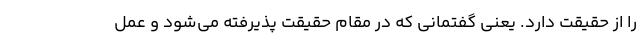
را از حقیقت دارد. یعنی گفتمانی که در مقام حقیقت پذیرفته می‌شود و عمل